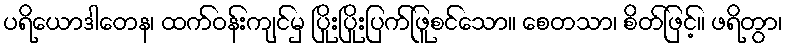
ပရိယောဒါတေန၊ ထက်ဝန်းကျင်မှ ပြိုးပြိုးပြက်ဖြူစင်သော။ စေတသာ၊ စိတ်ဖြင့်။ ဖရိတွာ၊